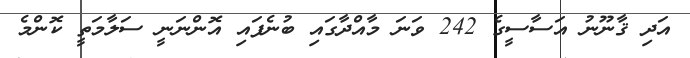
އަދި ޤާނޫނު އަސާސީގެ 242 ވަނަ މާއްދާގައި ބުނެފައި އޮންނަނީ ސަލާމަތީ ކޮންމެ